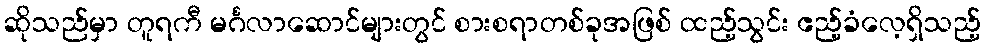
ဆိုသည်မှာ တူရကီ မင်္ဂလာဆောင်များတွင် စားစရာတစ်ခုအဖြစ် ထည့်သွင်း ဧည့်ခံလေ့ရှိသည့်